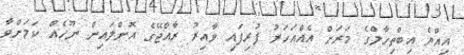
އިއްޔެ އިބްތިހާލްގެ މަރަށް އެއްއަހަރު ފުރިފައި ވާއިރު ރާއްޖޭގެ އޮންލައިން ނޫހެއް ކަމަށްވާ